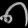
Digit: ၈